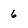
Character: 6